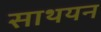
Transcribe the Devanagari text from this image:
साथयन